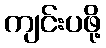
ကျင်းပဖို့